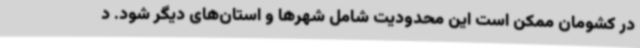
در کشومان ممکن است این محدودیت شامل شهرها و استان‌های دیگر شود. د